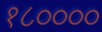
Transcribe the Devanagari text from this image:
१८००००